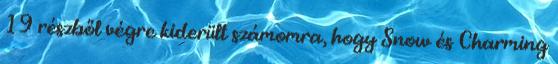
19 részből végre kiderült számomra, hogy Snow és Charming